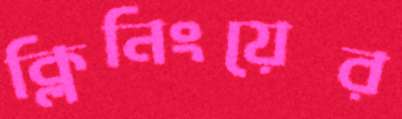
ক্লিনিংয়ের